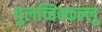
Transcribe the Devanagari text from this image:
पुलच्चिक्कल्लु